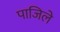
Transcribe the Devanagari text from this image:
पाजिले